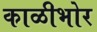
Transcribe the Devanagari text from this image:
काळीभोर